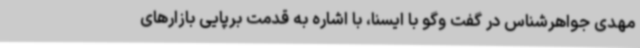
مهدی جواهرشناس در گفت وگو با ایسنا، با اشاره به قدمت برپایی بازارهای